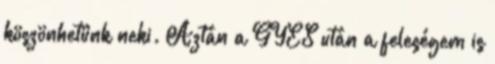
köszönhetünk neki. Aztán a GYES után a feleségem is